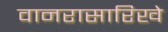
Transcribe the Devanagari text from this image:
वानरासारिखे